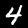
Digit: 4